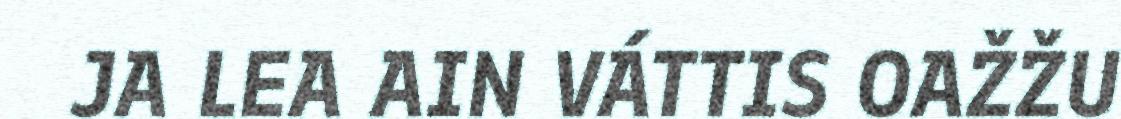
JA LEA AIN VÁTTIS OAŽŽU